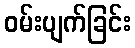
ဝမ်းပျက်ခြင်း